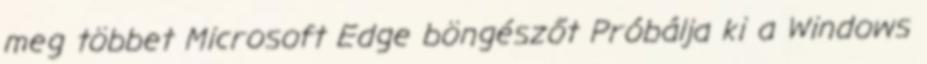
meg többet Microsoft Edge böngészőt Próbálja ki a Windows